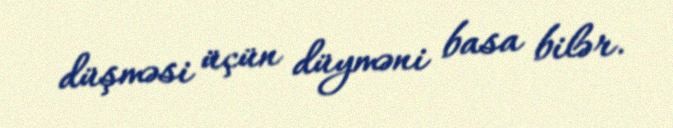
düşməsi üçün düyməni basa bilər.